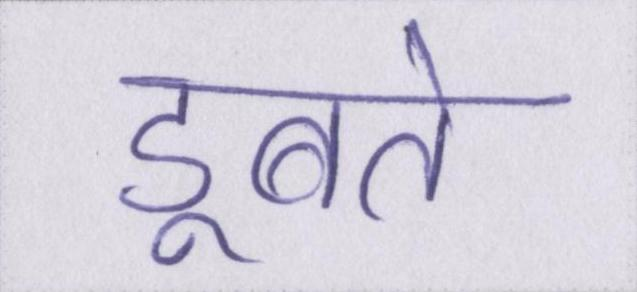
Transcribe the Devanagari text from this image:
डूबते